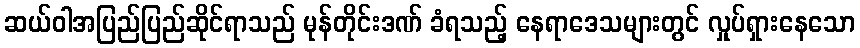
ဆယ်ဝါအပြည်ပြည်ဆိုင်ရာသည် မုန်တိုင်းဒဏ် ခံရသည့် နေရာဒေသများတွင် လှုပ်ရှားနေသော